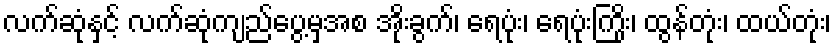
လက်ဆုံနှင့် လက်ဆုံကျည်ပွေ့မှအစ အိုးခွက်၊ ရေပုံး၊ ရေပုံးကြိုး၊ ထွန်တုံး၊ ထယ်တုံး၊